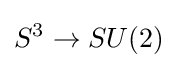
S^{3}\to SU(2)